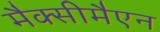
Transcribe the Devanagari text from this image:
मैक्सीमैएन